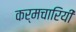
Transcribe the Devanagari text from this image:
कर्मचारियी